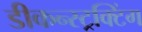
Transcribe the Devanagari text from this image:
डीकन्स्ट्रक्टिंग